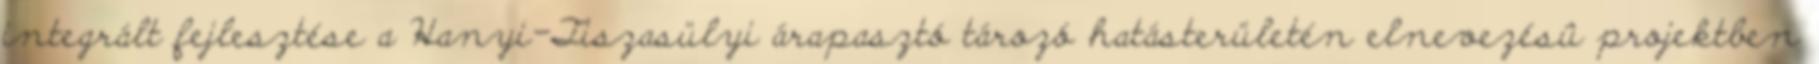
integrált fejlesztése a Hanyi-Tiszasülyi árapasztó tározó hatásterületén elnevezésû projektben